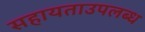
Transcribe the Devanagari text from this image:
सहायताउपलब्ध